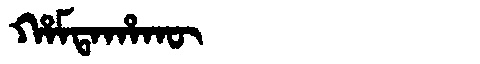
Manchu: ᡥᠠᠮᡨᠠᡥᠠᡴᡡ
Romanization: HAMTAHAKŪ